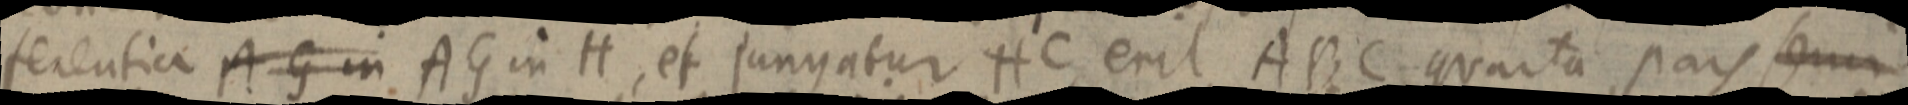
ferentia AG in AG in H, et jungatur HC, erit ABC quarta pars semi